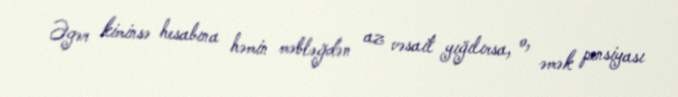
Əgər kiminsə hesabına həmin məbləğdən az vəsait yığılırsa, o, əmək pensiyası